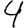
Digit: 4